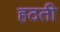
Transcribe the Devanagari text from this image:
हठती